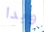
وبدا